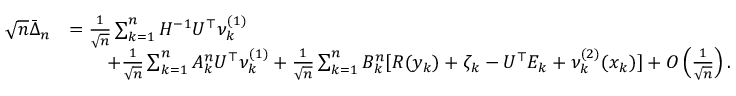
\begin{array} { r l } { \sqrt { n } \bar { \Delta } _ { n } } & { = \frac { 1 } { \sqrt { n } } \sum _ { k = 1 } ^ { n } H ^ { - 1 } U ^ { \top } \nu _ { k } ^ { ( 1 ) } } \\ & { \qquad + \frac { 1 } { \sqrt { n } } \sum _ { k = 1 } ^ { n } A _ { k } ^ { n } U ^ { \top } \nu _ { k } ^ { ( 1 ) } + \frac { 1 } { \sqrt { n } } \sum _ { k = 1 } ^ { n } B _ { k } ^ { n } [ R ( y _ { k } ) + \zeta _ { k } - U ^ { \top } E _ { k } + \nu _ { k } ^ { ( 2 ) } ( x _ { k } ) ] + O \left( \frac { 1 } { \sqrt { n } } \right) . } \end{array}